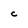
Character: C